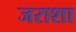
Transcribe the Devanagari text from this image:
जराशा